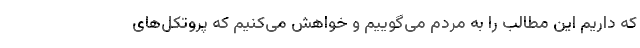
که داریم این مطالب را به مردم می‌گوییم و خواهش می‌کنیم که پروتکل‌های